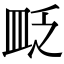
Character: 𥁔